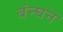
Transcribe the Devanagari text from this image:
बंन्घन